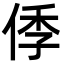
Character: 㑧